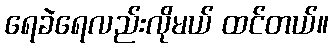
ရေခဲရေလည်းလိုမယ် ထင်တယ်။